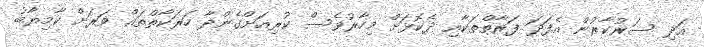
އަދި ސަރުކާރުން އެފަދަ ފަރާތްތަކާއި ދެކޮޅަށް މިހާރުވެސް ކުރިއަށްގެންދާ ހަރަކާތްތައް ވަރަށް ކާމިޔާބު